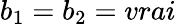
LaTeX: b_{1}=b_{2}=vrai